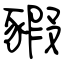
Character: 豭